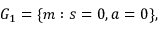
G _ { 1 } = \{ m : s = 0 , a = 0 \} ,